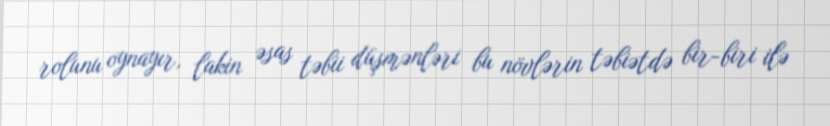
rolunu oynayır, lakin əsas təbii düşmənləri bu növlərin təbiətdə bir-biri ilə